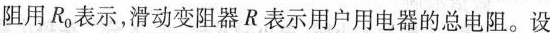
阻用R0表示，滑动变阻器R表示用户用电器的总电阻。设